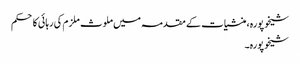
شیخوپورہ، منشیات کے مقدمہ میں ملوث ملزم کی رہائی کا حکم
شیخوپورہ۔